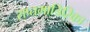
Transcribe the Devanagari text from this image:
सप्तमात्रिरिका